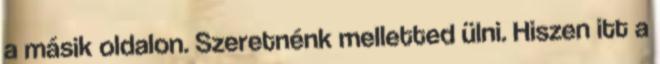
a másik oldalon. Szeretnénk melletted ülni. Hiszen itt a